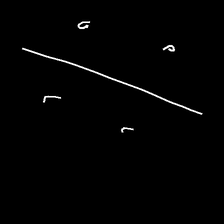
Glyph: cool